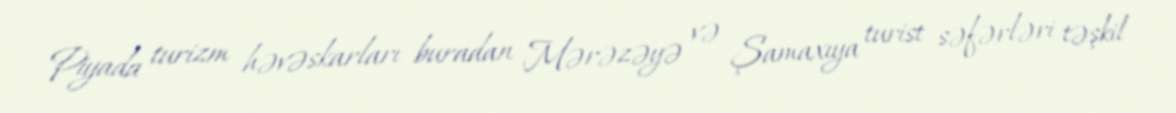
Piyada turizm həvəskarları buradan Mərəzəyə və Şamaxıya turist səfərləri təşkil